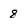
Character: 8